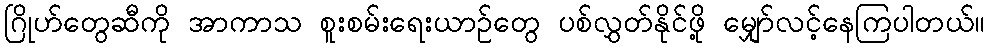
ဂြိုဟ်တွေဆီကို အာကာသ စူးစမ်းရေးယာဉ်တွေ ပစ်လွှတ်နိုင်ဖို့ မျှော်လင့်နေကြပါတယ်။